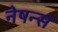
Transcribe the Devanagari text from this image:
नेषन्स